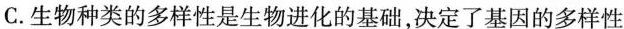
C. 生物种类的多样性是生物进化的基础，决定了基因的多样性